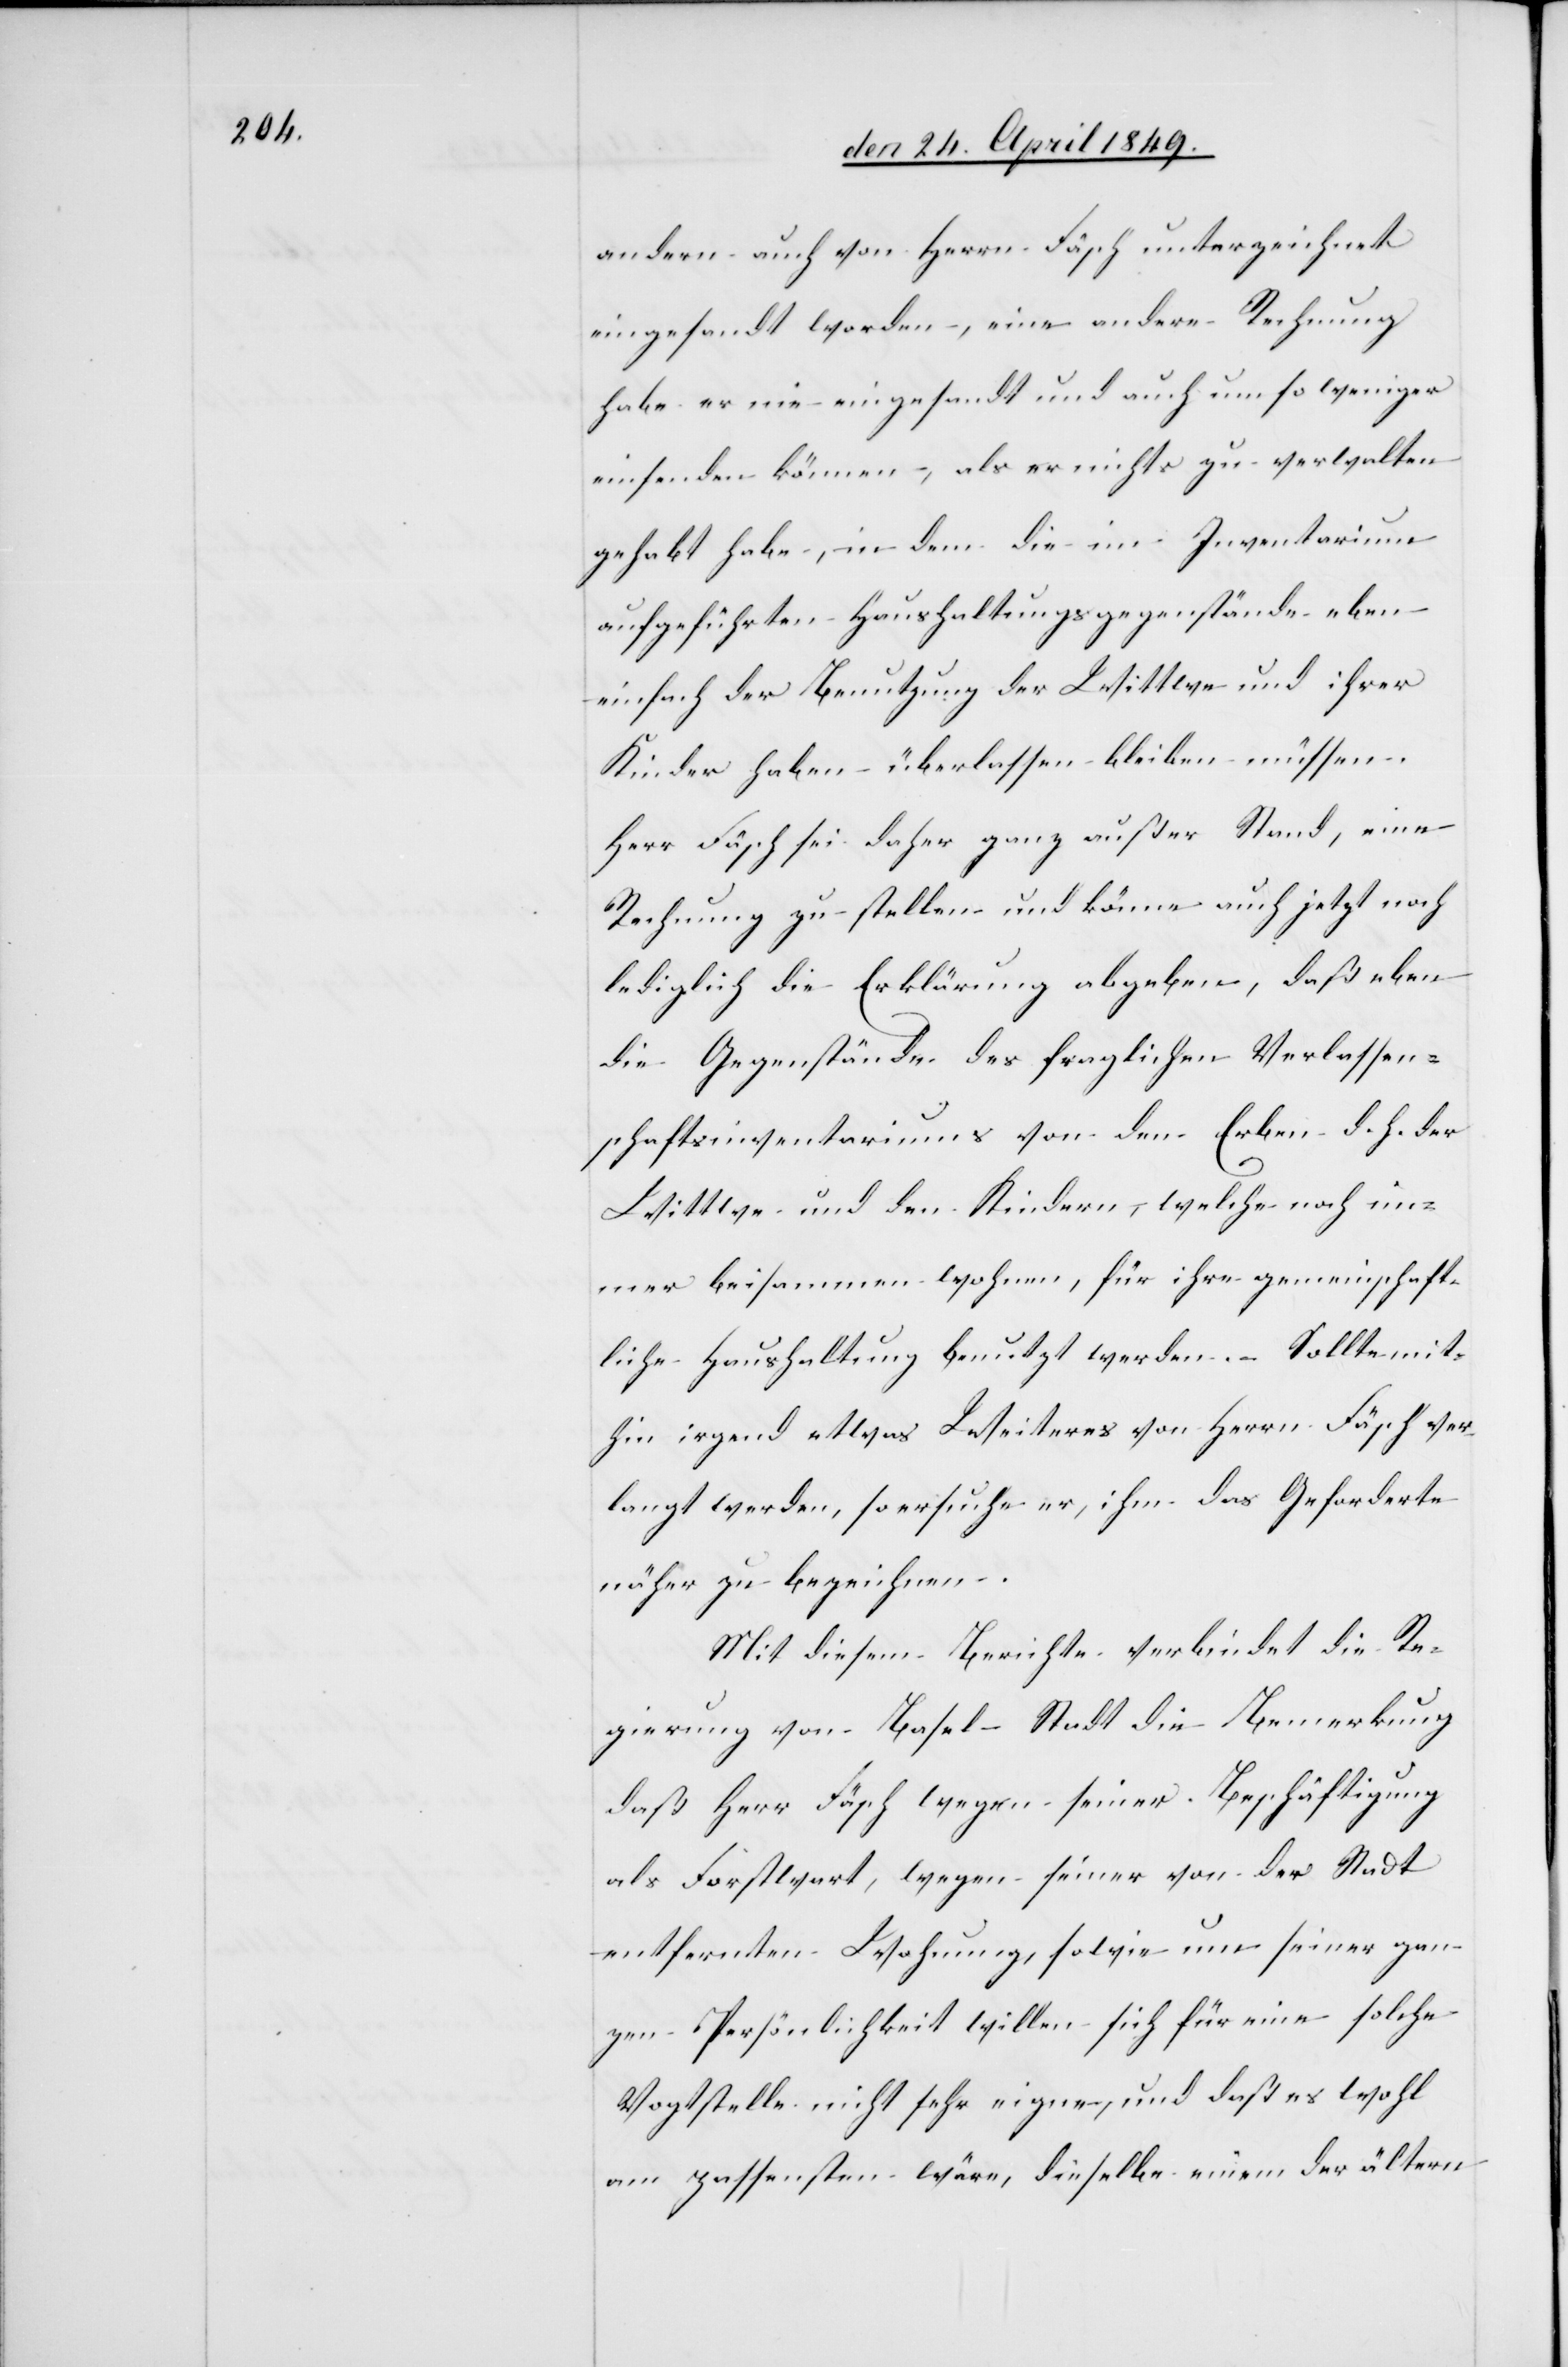
andern auch von Herrn Fäsch unterzeichnet
eingesandt worden, eine andere Rechnung
habe er nie eingesandt und auch um so weniger
einsenden können, als er nichts zu verwalten
gehabt habe, in dem die im Inventarium
aufgeführten Haushaltungsgegenstände eben
einfach der Benutzung der Wittwe und ihrer
Kinder haben überlassen bleiben müssen.
Herr Fäsch sei daher ganz außer Stand, eine
Rechnung zu stellen und könne auch jetzt noch
lediglich die Erklärung abgeben, daß eben
die Gegenstände des fraglichen Verlassen¬
schaftsinventariums von den Erben d. h. der
Wittwe und den Kindern, welche noch im¬
mer beisammen wohnen, für ihre gemeinschaft¬
liche Haushaltung benutzt werden. Sollte mit¬
hin irgend etwas Weiters von Herrn Fäsch ver¬
langt werden, so ersuche er, ihm das Geforderte
näher zu bezeichnen.
Mit diesem Berichte verbindet die Re¬
gierung von Basel-Stadt die Bemerkung
daß Herr Fäsch wegen seiner Beschäftigung
als Forstwart, wegen seiner von der Stadt
entfernten Wohnung, sowie um seiner gan¬
zen Persönlichkeit willen sich für eine solche
Vogtstelle nicht sehr eigne, und daß es wohl
am passensten wäre, dieselbe einem der ältern